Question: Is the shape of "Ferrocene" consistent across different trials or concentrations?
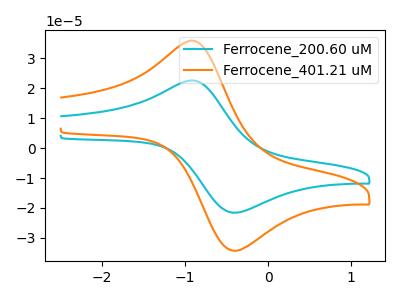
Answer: <think>The cyan curve "Ferrocene_200.60 uM" has an anodic peak at (-0.85V, 22.40uA) and a cathodic peak at (-0.35V, -21.55uA). The orange curve "Ferrocene_401.21 uM" has an anodic peak at (-0.85V, 35.60uA) and a cathodic peak at (-0.35V, -34.25uA).
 All the peaks in "Ferrocene_200.60 uM" have a peak in "Ferrocene_401.21 uM" at the same potential. Every peak in "Ferrocene_200.60 uM" is lower than every peak in "Ferrocene_401.21 uM".</think>
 <answer>All the CV's of "Ferrocene" have similar shape.</answer>
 <eval>follow_rule</eval>